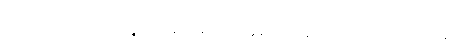
ပရိယာဒါယ အာကာသာနဉ္စာယတနံ သန္တတော အနန္တတော မနသိကရိတွာ စက္ကဝါဠပရိယန္တံ ဝါ